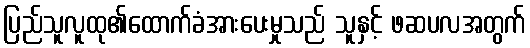
ပြည်သူလူထု၏ထောက်ခံအားပေးမှုသည် သူနှင့် ဖဆပလအတွက်